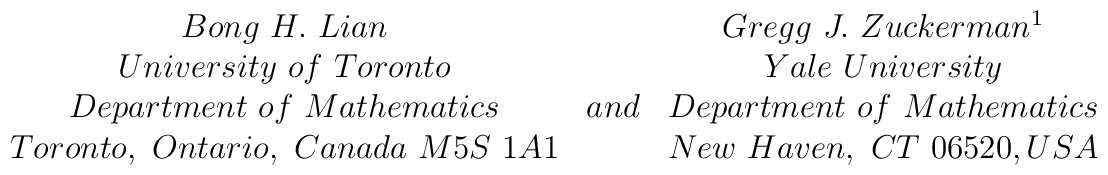
\begin{array}{ccc}Bong \ H.\ Lian&  &  Gregg \ J.\ Zuckerman \footnotemark \\University \ of \ Toronto& \ \ \ & Yale \ University \\Department \ of \ Mathematics& and  &  Department \ of \ Mathematics \\Toronto, \ Ontario,\ Canada\ M5S\ 1A1&  &  New \ Haven, \ CT \ 06520, USA  \\\end{array}